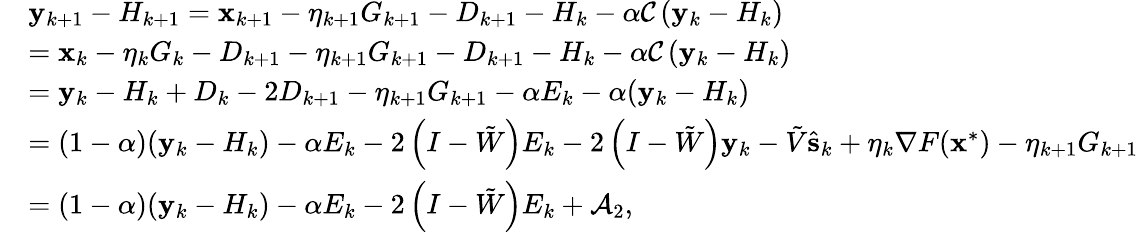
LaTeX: \begin{array}{rl}&{\mathbf{y}_{k+1}-H_{k+1}=\mathbf{x}_{k+1}-\eta_{k+1}G_{k+1}-{D}_{k+1}-H_{k}-\alpha\mathcal{C}\left(\mathbf{y}_{k}-H_{k}\right)}\\ &{=\mathbf{x}_{k}-\eta_{k}G_{k}-{D}_{k+1}-\eta_{k+1}G_{k+1}-{D}_{k+1}-H_{k}-\alpha\mathcal{C}\left(\mathbf{y}_{k}-H_{k}\right)}\\ &{=\mathbf{y}_{k}-H_{k}+{D}_{k}-2{D}_{k+1}-\eta_{k+1}G_{k+1}-\alpha E_{k}-\alpha(\mathbf{y}_{k}-H_{k})}\\ &{=(1-\alpha)(\mathbf{y}_{k}-H_{k})-\alpha E_{k}-2\left(I-\tilde{W}\right)E_{k}-2\left(I-\tilde{W}\right)\mathbf{y}_{k}-\tilde{V}\hat{\mathbf{s}}_{k}+\eta_{k}\nabla F(\mathbf{x}^{*})-\eta_{k+1}G_{k+1}}\\ &{=(1-\alpha)(\mathbf{y}_{k}-H_{k})-\alpha E_{k}-2\left(I-\tilde{W}\right)E_{k}+\mathcal{A}_{2},}\end{array}